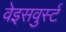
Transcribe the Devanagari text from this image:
वेइसवुर्स्ट